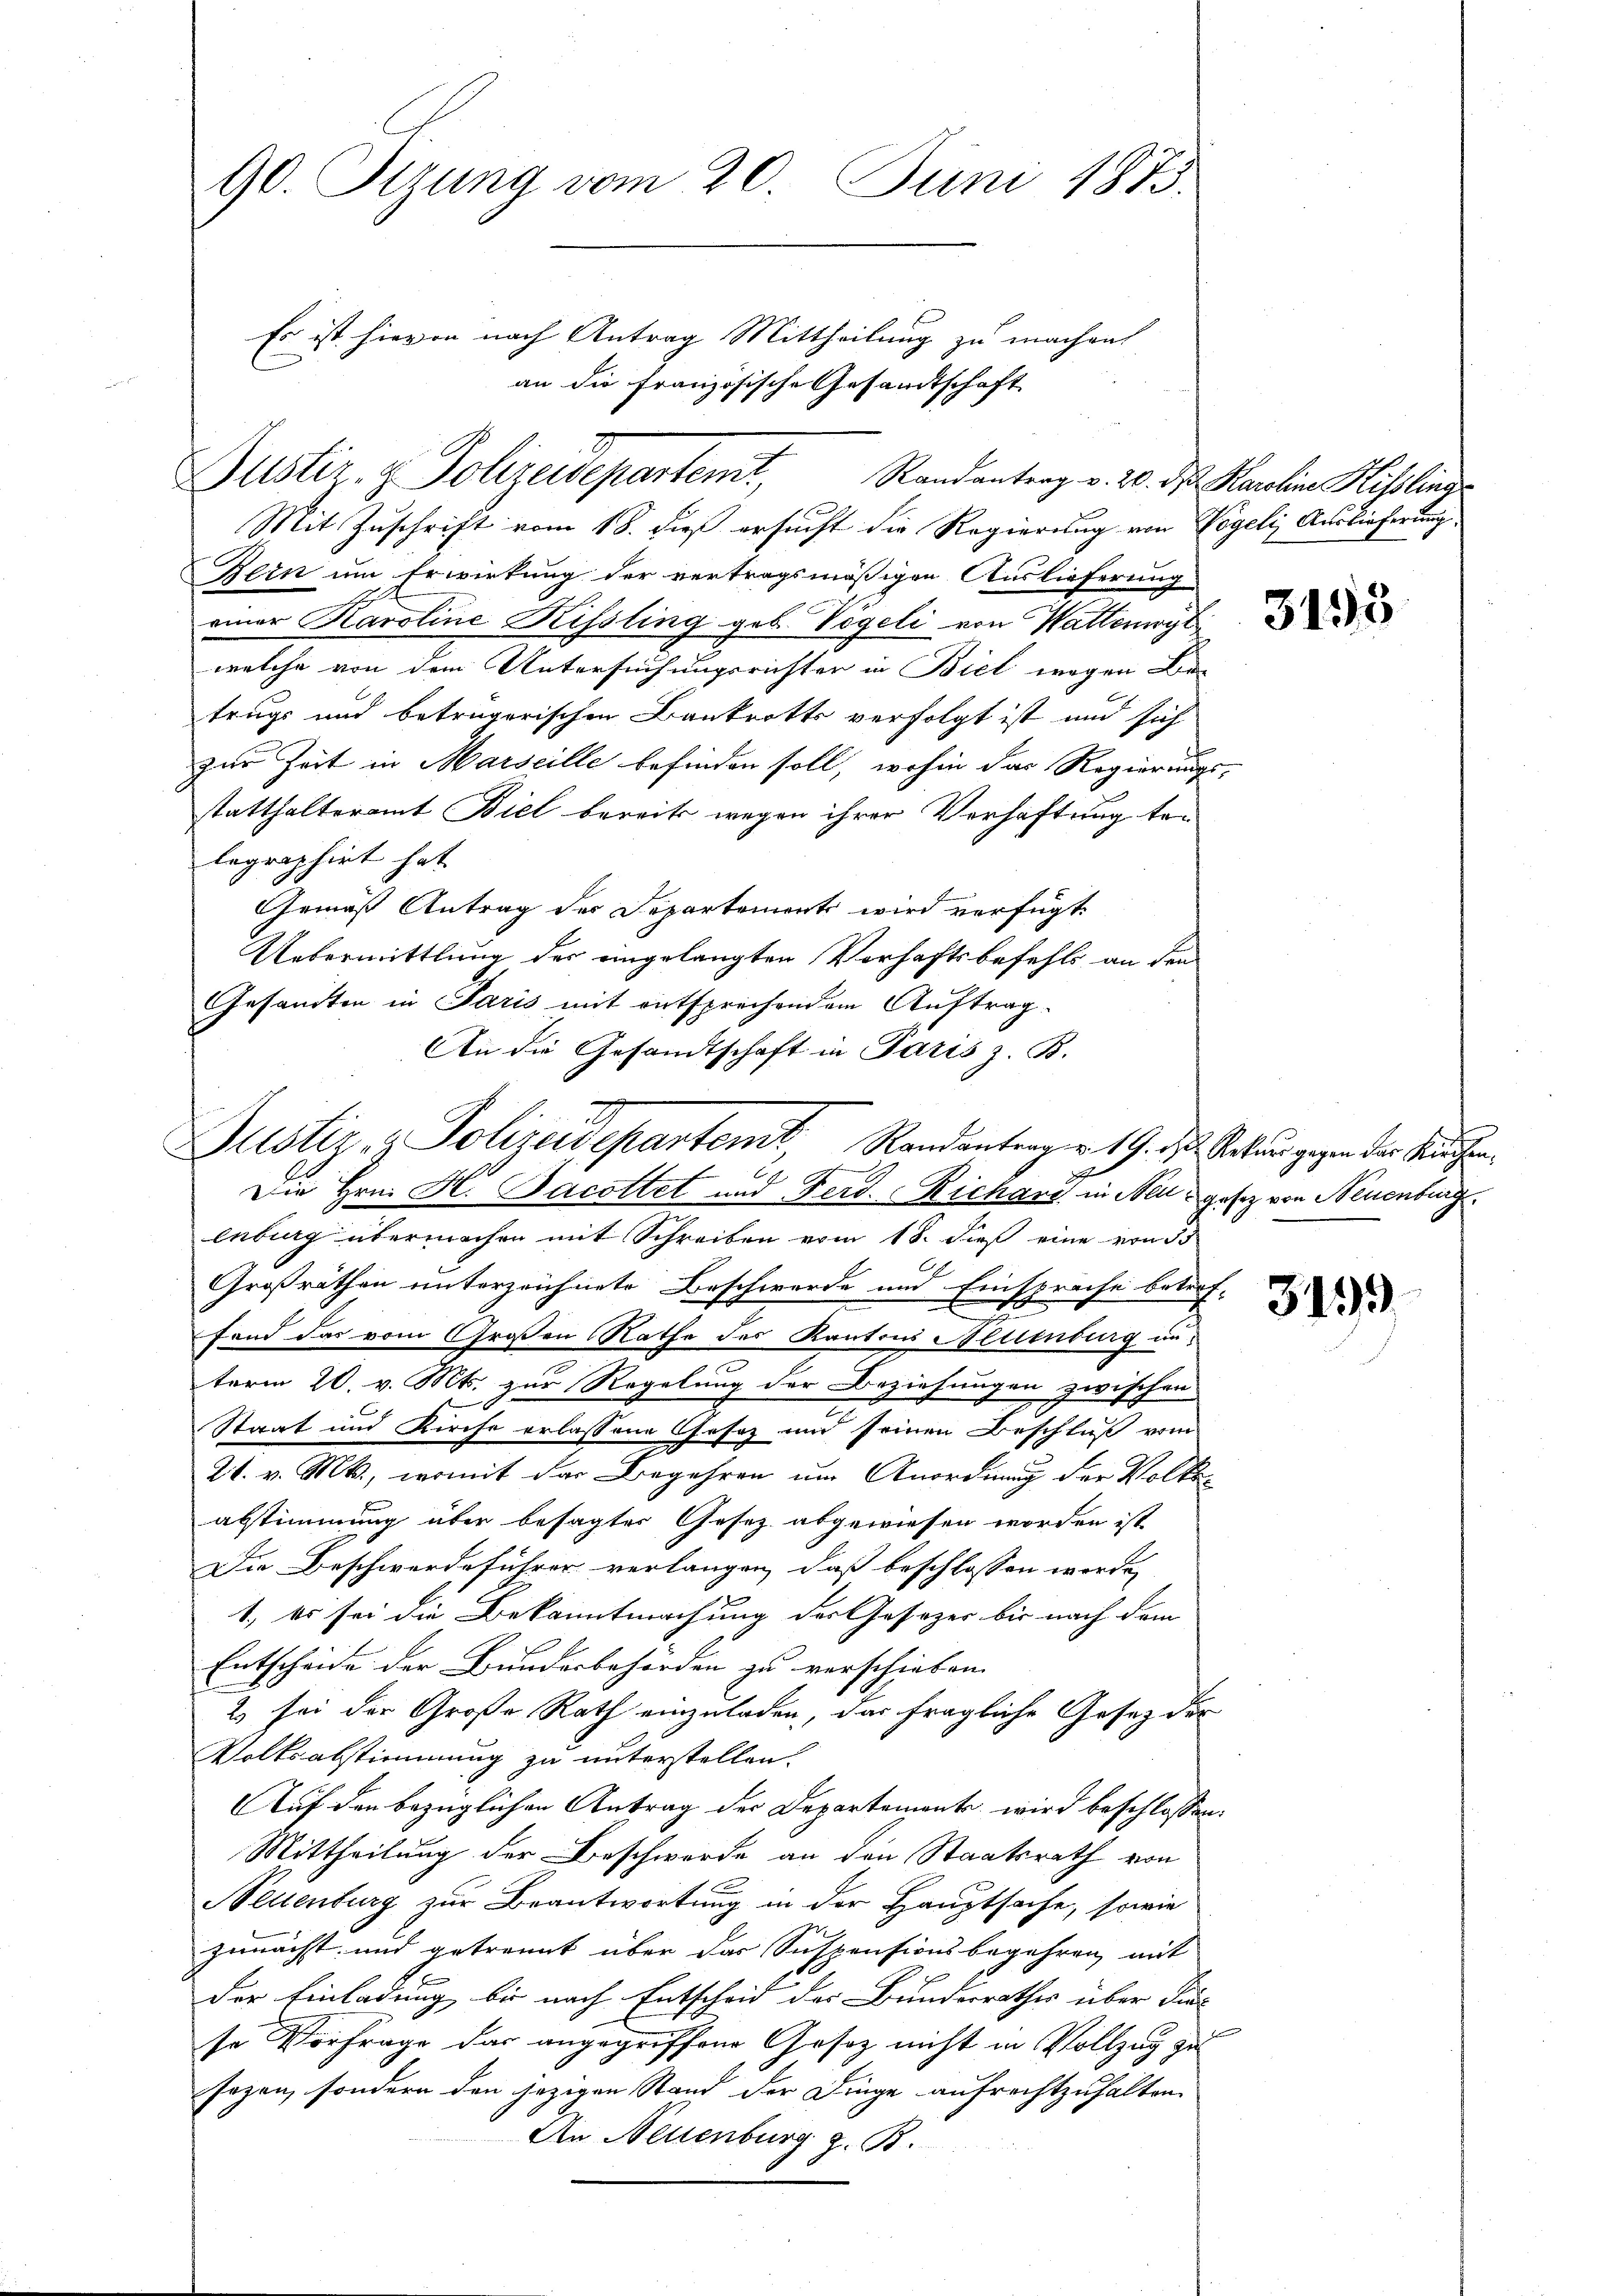
90. Sizung vom 20. Juni 1875.

Justiz- & Polizeidepartemt, Randantrag v. 20. ds. Karolina Hiselins

Es ist hievon nach Antrag Mittheilung zu machen
an die Französische Gesandtschaft

Mit Zuschrift vom 18. dieß ersucht die Regierung von Vögeli Auslieferung
Bern um Erwirkung der vertragsmäßigen Auslieferung
einer Karoline Kissling geb. Vögeli von Wattenwyl
welche von dem Untersuchungsrichter in Biel wegen Be-
trugs und betrügerischen Bankrotts verfolgt ist und sich
zur Zeit in Marseille befinden soll, wohin das Regierungs
statthalteramt Biel bereits wegen ihrer Verhaftung telegraphirt hat
Gemäß Antrag der Departement wird verfügt:
Uebermittlung der eingelangten Verhaftsbefehls an den
Gesandten in Paris mit entsprechendem Auftragenburg übermachen mit Schreiben vom 18. dieß eine von 55
Großräthen unterzeichnete Beschwerde und Einsprache betref-
e
fand das vom Großen Rathe des Kantons Neuenburg unterm 20. v. Mts. zur Regelung der Beziehungen zwischen
Staat und Kirche erlassene Gesez und seinen Beschluß vom
21. v. Mts., womit der Begehren um Anordnung der Volke
abstimmung über besagtes Gesez abgewiesen worden ist
Die Beschwerdeführer verlangen, daß beschlossen werde,
1., Es sei die Bekanntmachung der Gesezer bis nach dem
Entscheide der Bundesbehörden zu verschieben.
2) sei der Große Rath einzuladen, das fragliche Gesetz der
Volksabstimmung zu unterstellen.
Auf den bezüglichen Antrag der Departemente, wird beschlossen,
Mittheilung der Beschwerde an den Staatsrath von
ellenburg zur Beantwortung in der Hauptsache, sowie
zumacht und getrennt über der Suspensionsbegehren mit
der Einladung, bis nach Entscheid der Bunderrathes über dies
so Vorfrage das angegriffene Gesetz nicht in Vollzug zu
sezen, sondern den jezigen Stand der Dinge aufrechtzuhalten.
An Neuenburg z. B.

An die Gesandtschaft in Paris z. B.
Justiz- & Polizeidepartent, Randantragen 19. ds. Soldau gegen der Sachen,
Die Hrn. H. Jacottet und Ferd. Richari in Neugesetz von Neuenburg

e

3193

3199